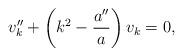
LaTeX: \begin{align*}v_k'' + \left(k^2 - {\frac{a''}{a}}\right) v_k = 0,\end{align*}